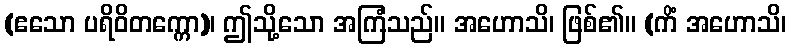
(ဧသော ပရိဝိတက္ကော)၊ ဤသို့သော အကြံသည်။ အဟောသိ၊ ဖြစ်၏။ (ကိံ အဟောသိ၊